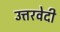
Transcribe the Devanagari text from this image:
उत्तरवेदी